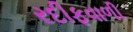
રદીફવાળી